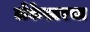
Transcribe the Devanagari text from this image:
लँकेस्टरचा